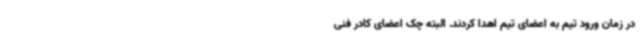
در زمان ورود تیم به اعضای تیم اهدا کردند. البته چک اعضای کادر فنی